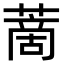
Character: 蔐